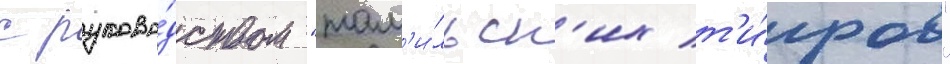
с руково́дством "там'и́льск'их т'и́гров"